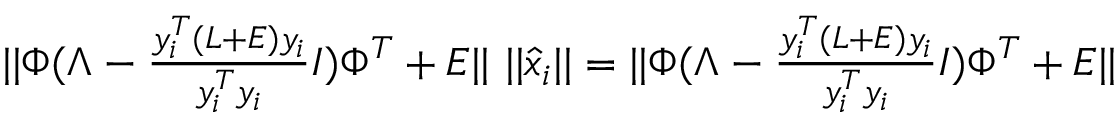
\begin{array} { r } { \vert \vert \Phi ( \Lambda - \frac { y _ { i } ^ { T } ( L + E ) y _ { i } } { y _ { i } ^ { T } y _ { i } } I ) \Phi ^ { T } + E \vert \vert \, \, \vert \vert \hat { x } _ { i } \vert \vert = \vert \vert \Phi ( \Lambda - \frac { y _ { i } ^ { T } ( L + E ) y _ { i } } { y _ { i } ^ { T } y _ { i } } I ) \Phi ^ { T } + E \vert \vert } \end{array}